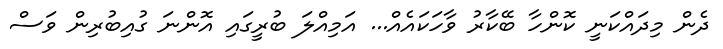
ދެން މިދައްކަނީ ކޮންހާ ބޭކާރު ވާހަކައެއް... އަމިއްލަ ބުރީގައި އޮންނަ ގުއިބުރިން ވަސް